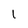
Character: 1